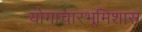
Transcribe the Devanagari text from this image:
योगाचारभूमिशास्त्र